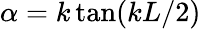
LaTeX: \alpha=k\tan(kL/2)